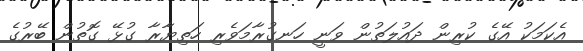
އެކަމަކު އޭގެ ކުރިން ދައުލަތުން ވަނީ ހަނގުރާމަވެރި ހަތިޔާރާ ގުޅޭ ގޮތުން ބޭރުގެ